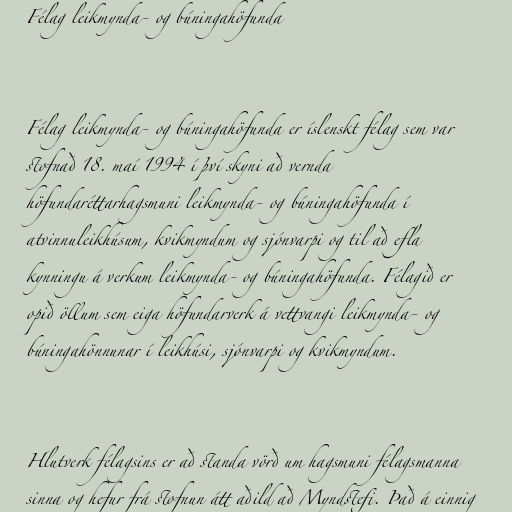
Félag leikmynda- og búningahöfunda

Félag leikmynda- og búningahöfunda er íslenskt félag sem var
stofnað 18. maí 1994 í því skyni að vernda
höfundaréttarhagsmuni leikmynda- og búningahöfunda í
atvinnuleikhúsum, kvikmyndum og sjónvarpi og til að efla
kynningu á verkum leikmynda- og búningahöfunda. Félagið er
opið öllum sem eiga höfundarverk á vettvangi leikmynda- og
búningahönnunar í leikhúsi, sjónvarpi og kvikmyndum.

Hlutverk félagsins er að standa vörð um hagsmuni félagsmanna
sinna og hefur frá stofnun átt aðild að Myndstefi. Það á einnig